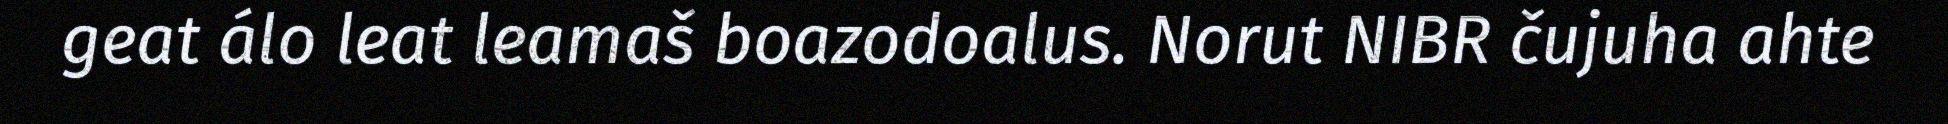
geat álo leat leamaš boazodoalus. Norut NIBR čujuha ahte